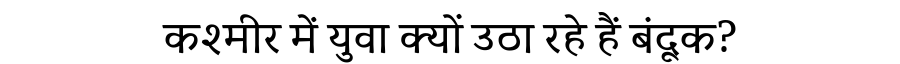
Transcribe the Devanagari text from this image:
कश्मीर में युवा क्यों उठा रहे हैं बंदूक?